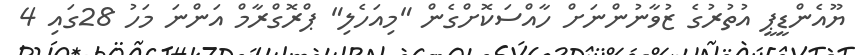
ޔޫއެންޑީޕީ އުތުރުގެ ޒުވާނުންނަށް ހާއްސަކޮށްގެން "މިއަހެލި" ޕްރޮގްރާމް އަންނަ މަހު 28ގައި 4